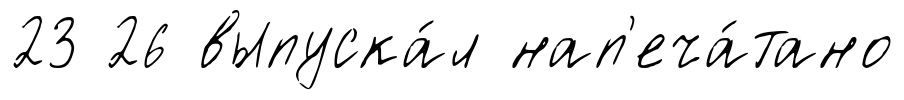
23 26 выпуска́л нап'еча́тано